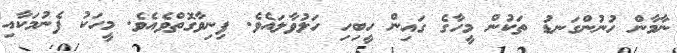
ނާމާން ހުނުންގަނޑު ތަކުން މީހާގެ ގައިން ހީބިހި ހަލުވާލައެވެ. ފިނިވާގޮތްވެއެވެ. މީހަކު ފެނުމަކާއި